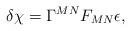
LaTeX: \begin{align*}\delta \chi = \Gamma^{MN} F_{MN} \epsilon, \end{align*}